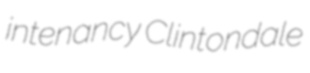
intenancy Clintondale